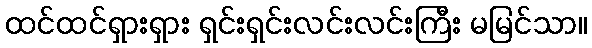
ထင်ထင်ရှားရှား ရှင်းရှင်းလင်းလင်းကြီး မမြင်သာ။